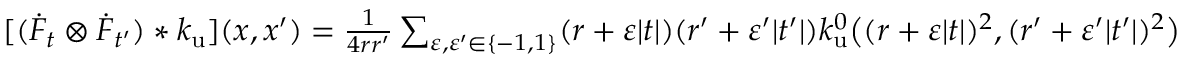
\begin{array} { r } { [ ( \Dot { F } _ { t } \otimes \Dot { F } _ { t ^ { \prime } } ) * k _ { \mathrm { u } } ] ( x , x ^ { \prime } ) = \frac { 1 } { 4 r r ^ { \prime } } \sum _ { \varepsilon , \varepsilon ^ { \prime } \in \{ - 1 , 1 \} } ( r + \varepsilon | t | ) ( r ^ { \prime } + \varepsilon ^ { \prime } | t ^ { \prime } | ) k _ { \mathrm { u } } ^ { 0 } \big ( ( r + \varepsilon | t | ) ^ { 2 } , ( r ^ { \prime } + \varepsilon ^ { \prime } | t ^ { \prime } | ) ^ { 2 } \big ) } \end{array}